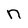
Character: n